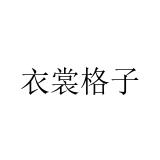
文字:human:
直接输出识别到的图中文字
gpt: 衣裳格子